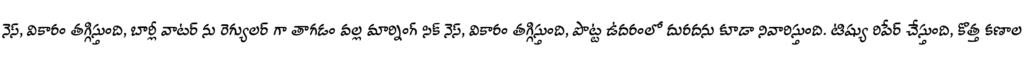
నెస్, వికారం తగ్గిస్తుంది, బార్లీ వాటర్ ను రెగ్యులర్ గా తాగడం వల్ల మార్నింగ్ సిక్ నెస్, వికారం తగ్గిస్తుంది, పొట్ట ఉదరంలో దురదను కూడా నివారిస్తుంది. టిష్యు రిపేర్ చేస్తుంది, కొత్త కణాల